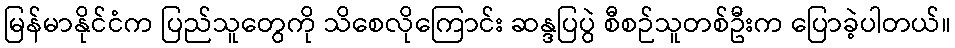
မြန်မာနိုင်ငံက ပြည်သူတွေကို သိစေလိုကြောင်း ဆန္ဒပြပွဲ စီစဉ်သူတစ်ဦးက ပြောခဲ့ပါတယ်။